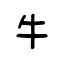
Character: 牛